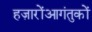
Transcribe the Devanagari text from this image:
हज़ारोंआगंतुकों